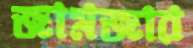
জামজার